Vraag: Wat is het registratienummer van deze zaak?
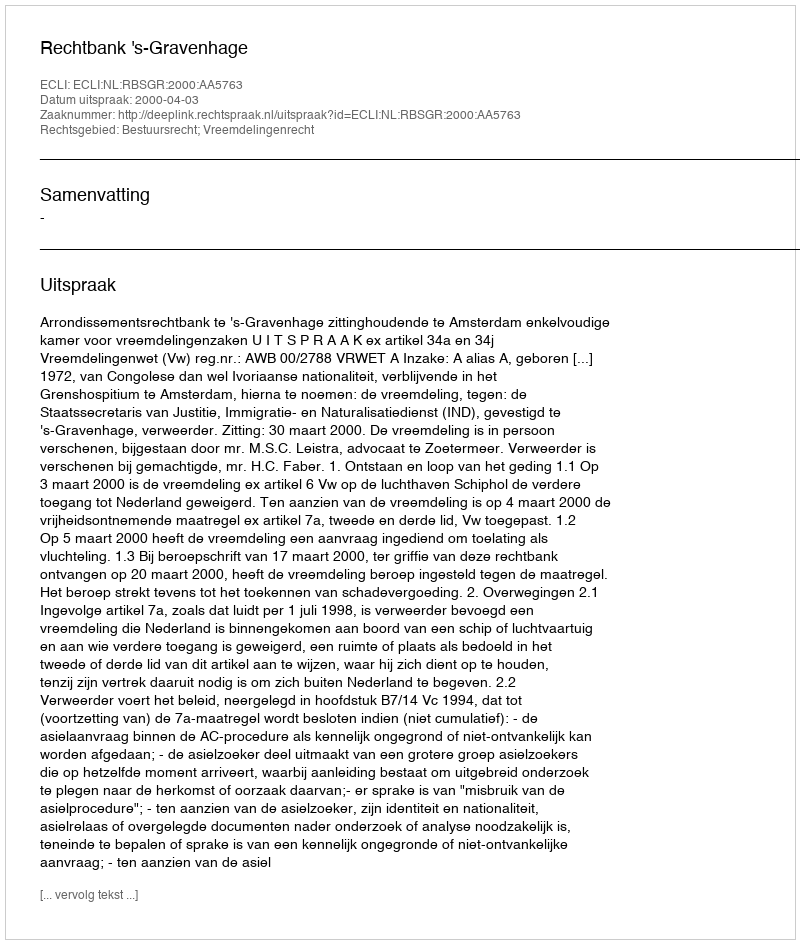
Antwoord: http://deeplink.rechtspraak.nl/uitspraak?id=ECLI:NL:RBSGR:2000:AA5763